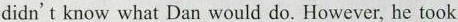
didn't know what Dan would do. However, he took